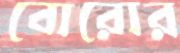
বোরোর